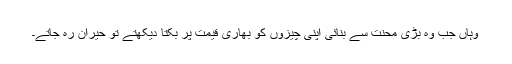
وہاں جب وہ بڑی محنت سے بنائی اپنی چیزوں کو بھاری قیمت پر بکتا دیکھتے تو حیران رہ جاتے۔